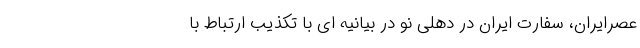
عصرایران، سفارت ایران در دهلی نو در بیانیه ای با تکذیب ارتباط با